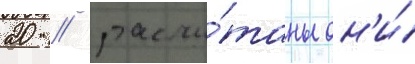
20 / рассчи́таны он'и́